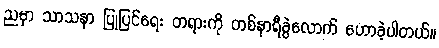
ညမှာ သာသနာ ပြုပြင်ရေး တရားကို တစ်နာရီခွဲလောက် ဟောခဲ့ပါတယ်။